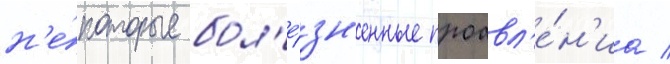
н'е́которые бол'е́зн'енные проавл'е́н'иа /